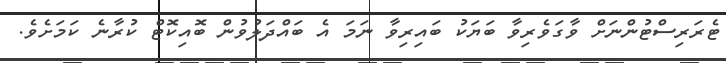
ޓެރަރިސްޓުންނަށް ވާގަވެރިވާ ބަޔަކު ބައިރިވާ ނަމަ އެ ބައްދަލުވުން ބޮއިކޮޓް ކުރާނެ ކަމަށެވެ.